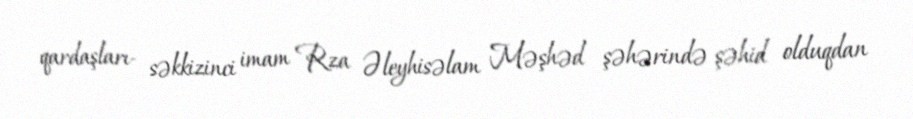
qardaşları- səkkizinci imam Rza Əleyhisəlam Məşhəd şəhərində şəhid olduqdan